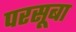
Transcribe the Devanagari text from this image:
परसूबा